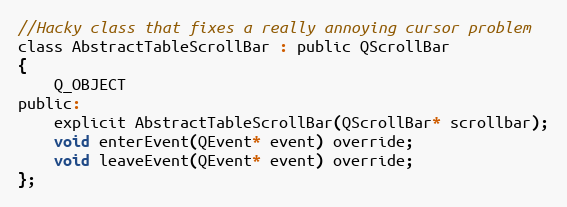
Language: C
//Hacky class that fixes a really annoying cursor problem
class AbstractTableScrollBar : public QScrollBar
{
    Q_OBJECT
public:
    explicit AbstractTableScrollBar(QScrollBar* scrollbar);
    void enterEvent(QEvent* event) override;
    void leaveEvent(QEvent* event) override;
};